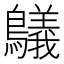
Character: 鸃